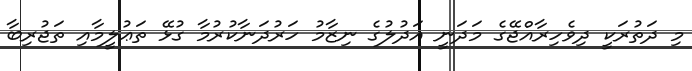
މި ދަތުރަކީ ދިވެހިރާއްޖޭގެ މަދަނީ އަދުލުގެ ނިޒާމު ހަރުދަނާކުރުމާ ގުޅޭ ތަޢުލީމާއި ތަޖުރިބާ